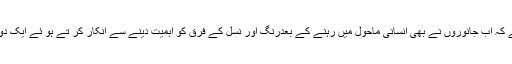
شیر اور کتے کی محبت کو دیکھ کر لگتا ہے کہ اب جانوروں نے بھی انسانی ماحول میں رہنے کے بعدرنگ اور نسل کے فرق کو اہمیت دینے سے انکار کر تے ہو ئے ایک دوسرے کی طرف دوستی کا ہاتھ بڑھا دیا ہے۔